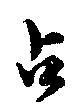
占